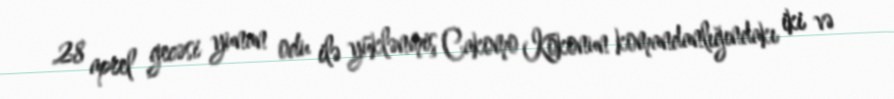
28 aprel gecəsi yunan odu ilə yüklənmiş Cakomo Kokonun komandanlığındakı iki və